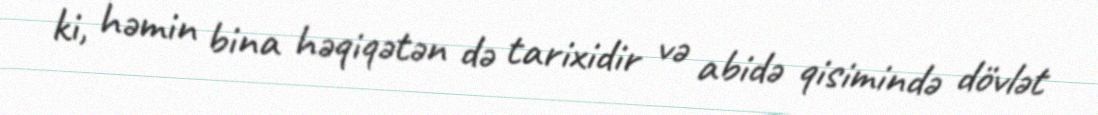
ki, həmin bina həqiqətən də tarixidir və abidə qisimində dövlət